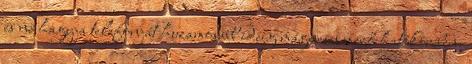
és ne hagyja telefonját huzamosabb ideig mágneses mező hatókörében.